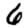
Digit: 6